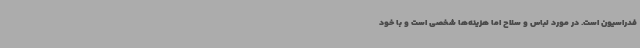
فدراسیون است. در مورد لباس و سلاح اما هزینه‌ها شخصی است و با خود